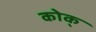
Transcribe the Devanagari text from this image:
कोक्